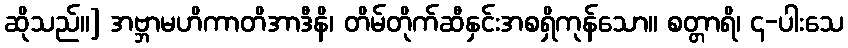
ဆိုသည်။] အဗ္ဘာမဟိကာတိအာဒီနိ၊ တိမ်တိုက်ဆီနှင်းအစရှိကုန်သော။ စတ္တာရိ၊ ၄-ပါးသေ